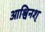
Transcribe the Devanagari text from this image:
आश्विनश्